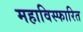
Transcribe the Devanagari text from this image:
महाविस्फारित